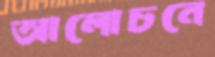
আলোচনে